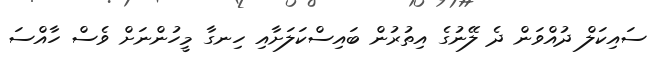
ސައިކަލް ދުއްވަން ދެ ލޭނުގެ އިތުރުން ބައިސްކަލަށާއި ހިނގާ މީހުންނަށް ވެސް ހާއްސަ